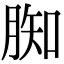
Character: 𦝔